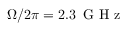
\Omega / 2 \pi = 2 . 3 \, \mathrm { ~ G ~ H ~ z ~ }